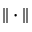
\| \cdot \|